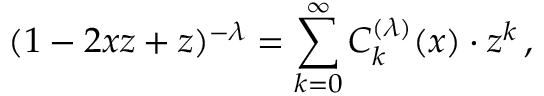
( 1 - 2 x z + z ) ^ { - \lambda } = \sum _ { k = 0 } ^ { \infty } C _ { k } ^ { ( \lambda ) } ( x ) \cdot z ^ { k } \, ,